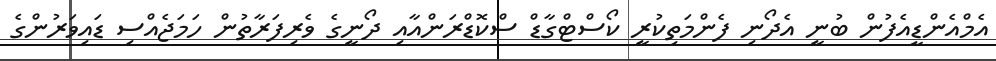
އެމްއެންޑީއެފުން ބުނީ އެދޯނި ފެންމަތިކުރީ ކޯސްޓްގާޑް ސްކޮޑްރަންއާއި ދޯނީގެ ވެރިފަރާތުން ހަމަޖެއްސި ޑައިވަރުންގެ